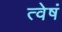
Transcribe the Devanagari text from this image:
त्वेषं